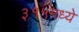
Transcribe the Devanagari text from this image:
३१५मध्ये